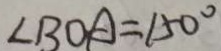
\angle B O A = 1 5 0 ^ { \circ }